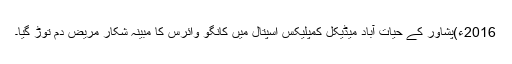
2016ء)پشاور کے حیات آباد میڈیکل کمپلیکس اسپتال میں کانگو وائرس کا مبینہ شکار مریض دم توڑ گیا۔